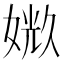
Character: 𪦉